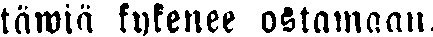
täwiä kykenee ostamaan.